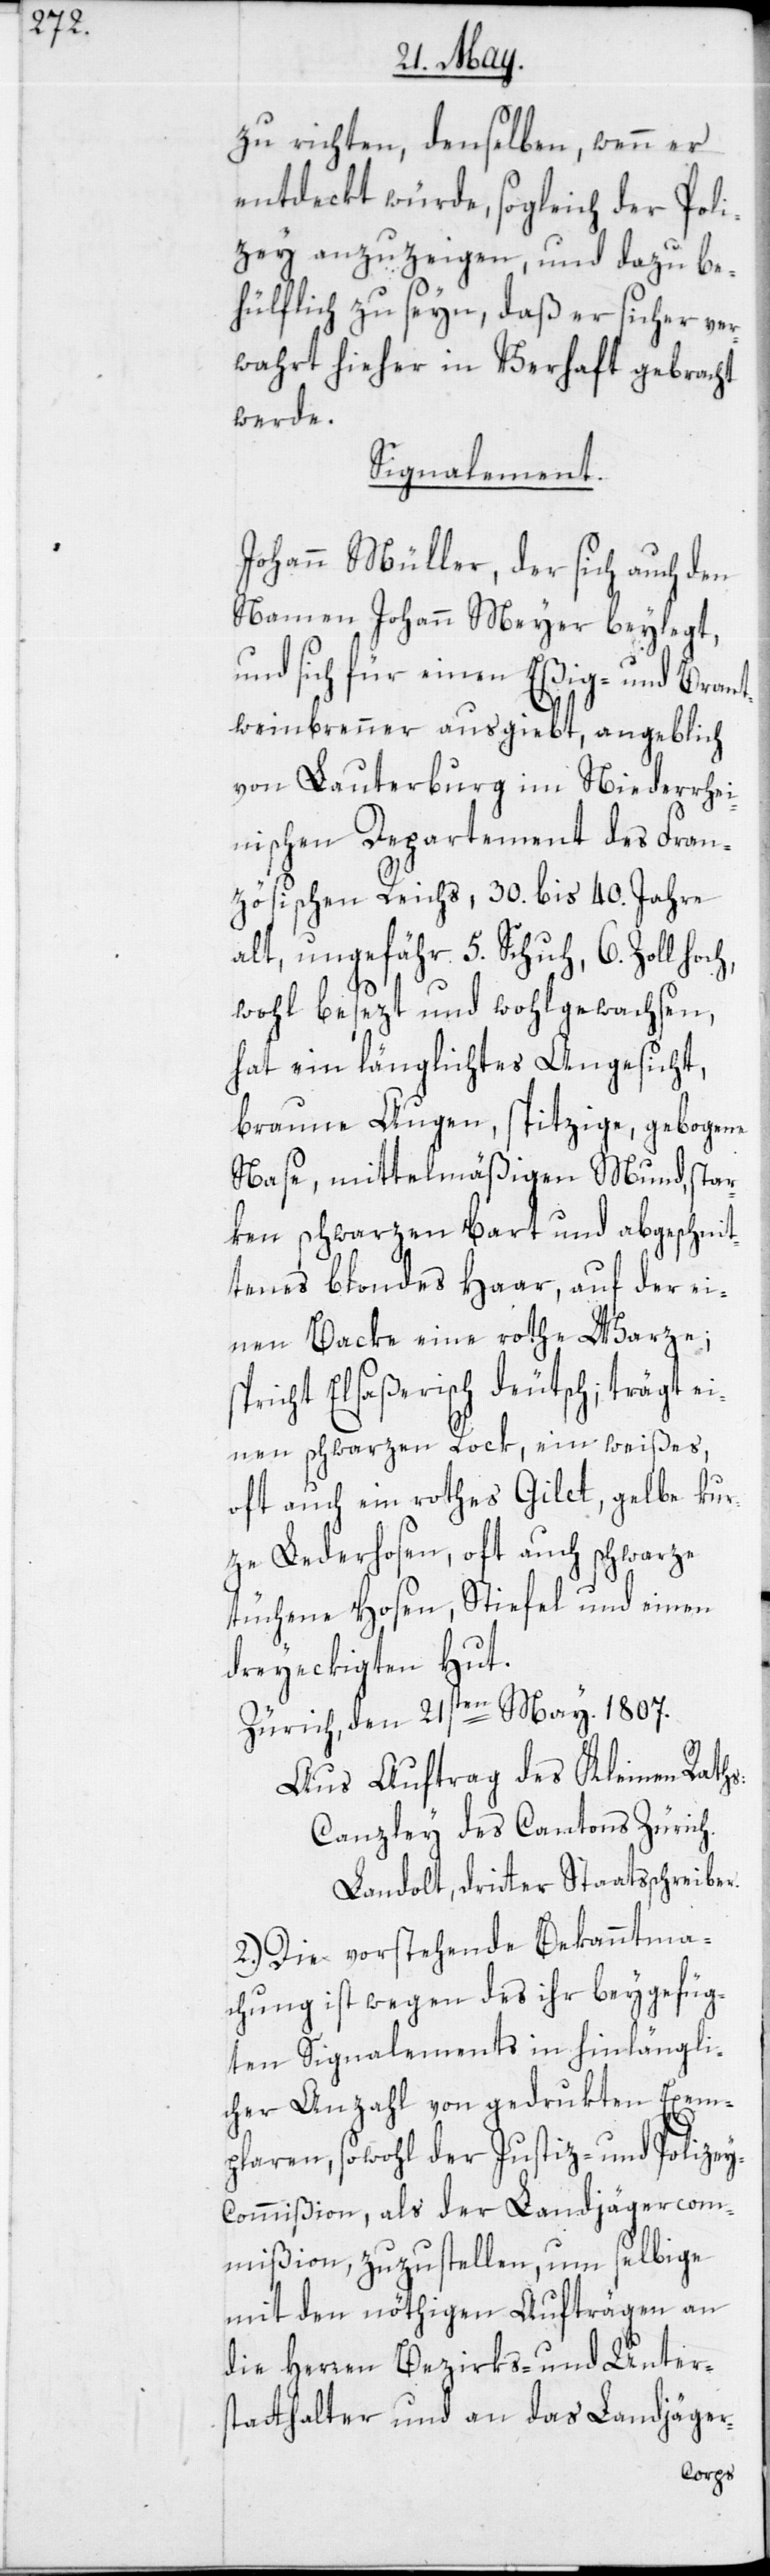
y-C¬

zu richten, denselben, wenn er
entdeckt würde, sogleich der Poli¬
zey anzuzeigen, und dazu be¬
hülflich zu seyn, daß er sicher ver¬
wahrt hieher in Verhaft gebracht
werde.
Signalement:
Johann Müller, der sich auch den
Namen Johann Meyer beylegt,
und sich für einen Eßig- und Brant¬
weinbrenner ausgibt, angeblich
von Lauterburg im Niederrhei¬
nischen Departement des Fran¬
zösischen Reichs, 30. bis 40. Jahre
alt, ungefähr 5. Schuh, 6. Zoll
wohl besezt und wohlgewachsen,
hat ein längliches Angesicht,
braune Augen, spitzige, gebogene
Nase, mittelmäßigen Mund, star¬
ken schwarzen Bart und abgeschnit¬
tenes blondes Haar, auf der ei¬
nen Backe eine rothe Warze;
pricht Elsaßerisch deutsch; trägt ei¬
nen schwarzen Rock, ein weißes,
oft auch ein rothes Gilet, gelbe kur¬
ze Lederhosen, oft auch schwarz¬
tüchene Hosen, Stiefel und einen
dreyeckigten Hut.
Zürich, den 21sten May 1807.
Aus Auftrag des Kleinen Raths:
Canzley des Cantons Zürich.
Landolt, dritter Staatsschreiber.
2.) Die vorstehende Bekanntma¬
chung ist wegen des ihr beygefüg¬
ten Signalements in hinlängli¬
cher Anzahl von gedrukten Exem¬
plaren, sowohl der Justiz- und Polize¬
ommißion, als der Landjägercom¬
mißion, zuzustellen, um selbige
mit den nöthigen Aufträgen an
die Herren Bezirks- und Unter¬
statthalter und an das Landjäger-